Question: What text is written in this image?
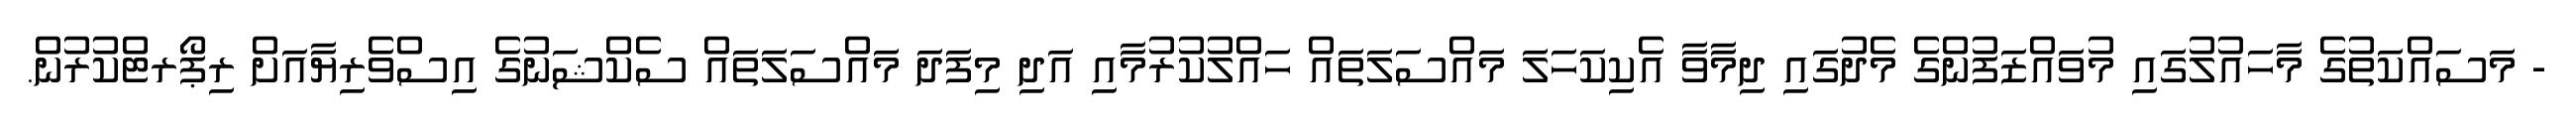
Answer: - މަސައްކަތުގެ މާހައުލުގައި މުވައްޒަފުންގެ މެދުގައި ދިމާވާ އެކިކަހަލަ މައްސަލަތައް ހައްލުކުރުމާއި އަދި މިފަދަ މައްސަލަތައް ސެކްޝަނުގެ އިސްވެރިޔާއަށް ރިޕޯރޓްކުރުން.